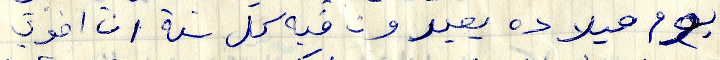
يوم ميلاده يعبرون فيه كل سنة ان اخوتي